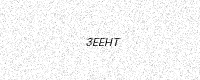
Text: 3EEHT